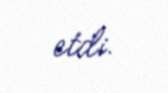
etdi.